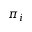
\pi _ { i }